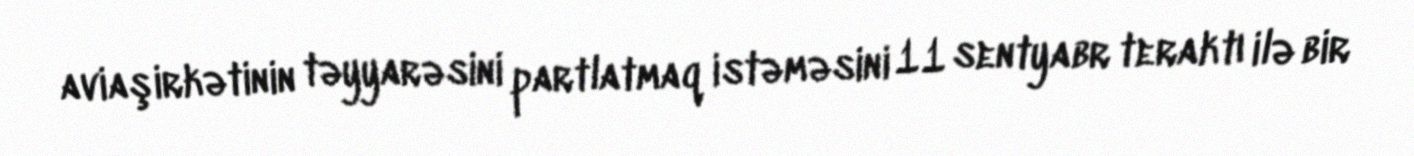
aviaşirkətinin təyyarəsini partlatmaq istəməsini 11 sentyabr teraktı ilə bir